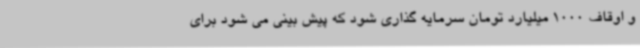
و اوقاف 1000 میلیارد تومان سرمایه گذاری شود که پیش بینی می شود برای